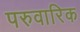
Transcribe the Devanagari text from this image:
परुवारिक